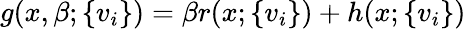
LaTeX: g(x,\beta;\{ v_{i}\} )=\beta r(x;\{ v_{i}\} )+h(x;\{ v_{i}\} )